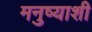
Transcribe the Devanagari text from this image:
मनुष्याशी